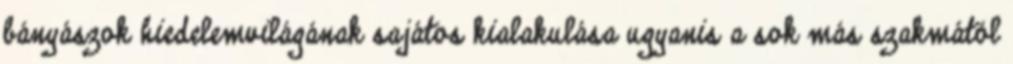
bányászok hiedelemvilágának sajátos kialakulása ugyanis a sok más szakmától